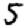
Digit: 5